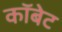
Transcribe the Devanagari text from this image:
कॉबेट